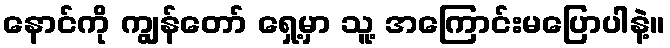
နောင်ကို ကျွန်တော် ရှေ့မှာ သူ့ အကြောင်းမပြောပါနဲ့။